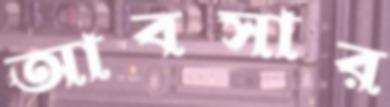
আবসার